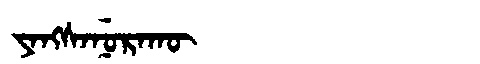
Manchu: ᠶᠠᠩᠰᠠᠨᡠᡵᠠᡴᡡ
Romanization: YANGSANURAKŪ